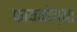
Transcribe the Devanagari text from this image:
फायकोच्या